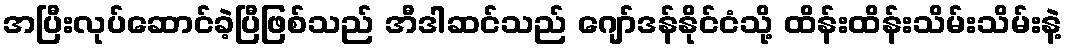
အပြီးလုပ်ဆောင်ခဲ့ပြီဖြစ်သည် အီဒါဆင်သည် ဂျော်ဒန်နိုင်ငံသို့ ထိန်းထိန်းသိမ်းသိမ်းနဲ့